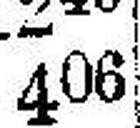
406